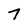
Character: 7